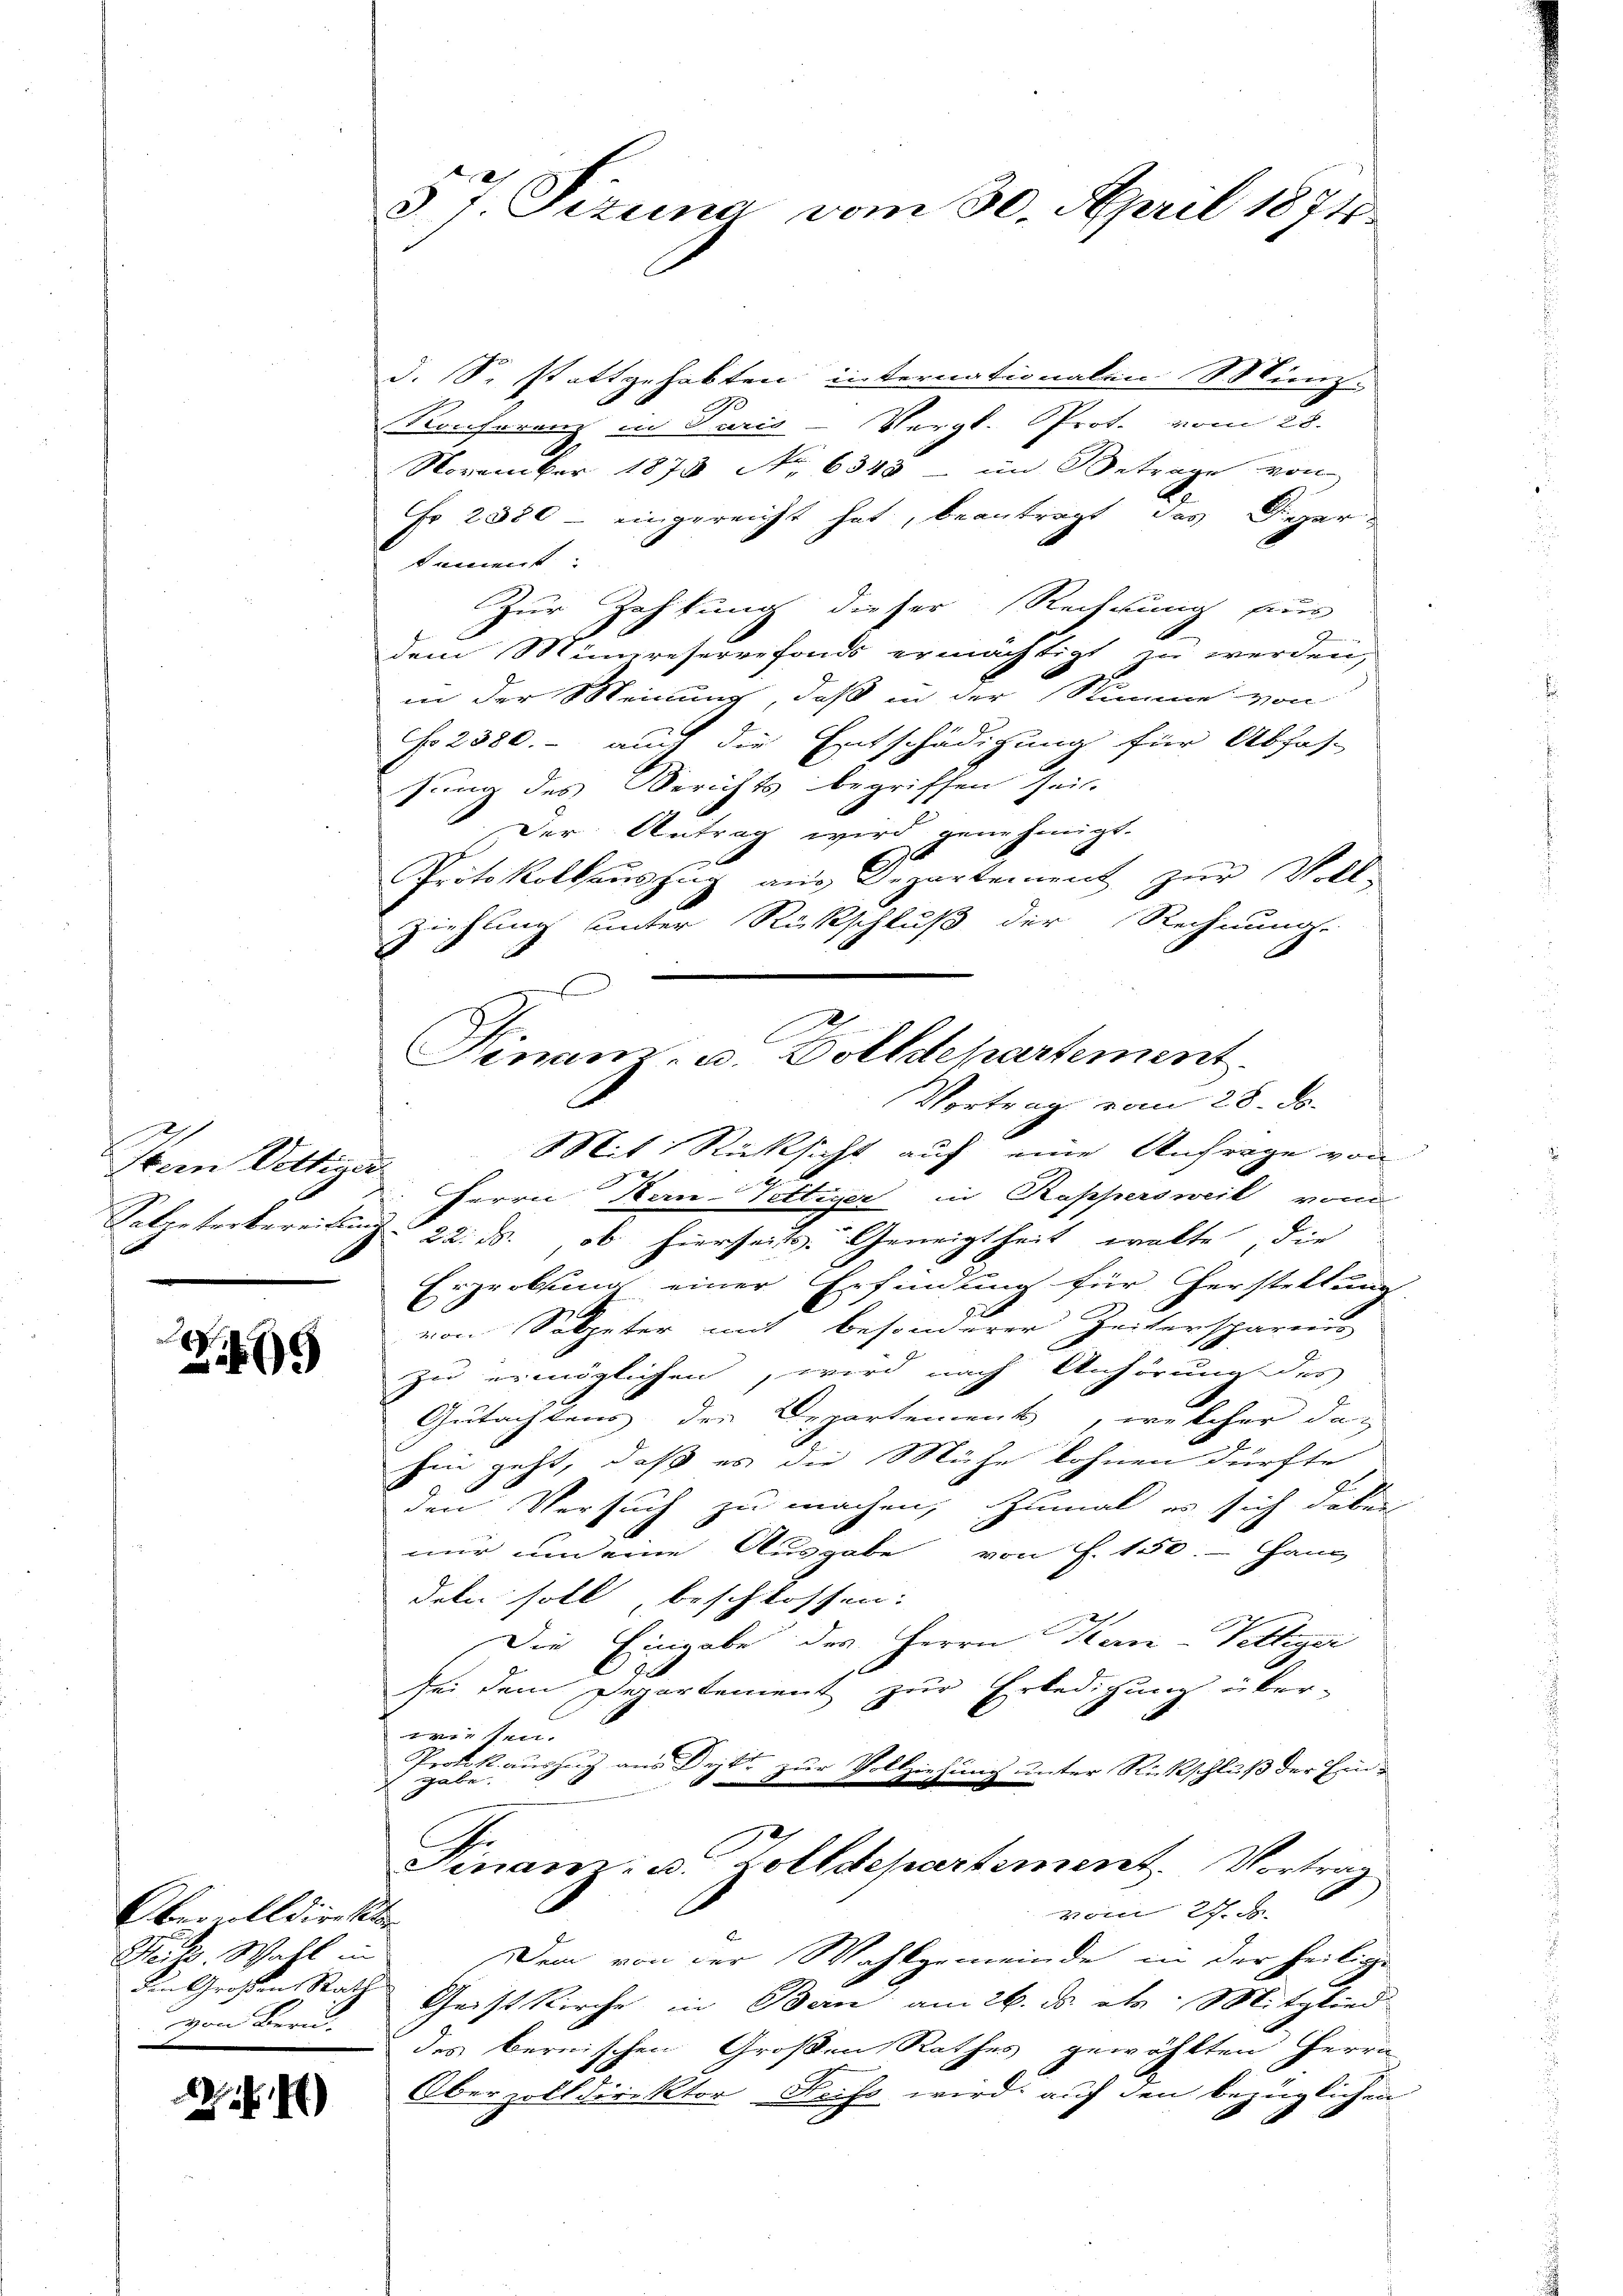
Item Vettiger

Z 19

Obervoll direkt
Seiter Wahl in
von Bern

22 f. 4)

57 Pizuna vom 30. April 1874.

d. S. stattgehabten internationalen Minz.
A
Konferenz in Parić -Vergl. Prot. vom 28.
November 1873 No 6345 in Betrage von
Fr 2380 - eingereicht hat, beantragt, das Depardement
Zur Zahlung dieser Rechnung für
dem Minpreservefonds ermächtigt zu werden,
in der Meinung, daß in der Stimme von
No 2380. - auch die Entschädigung für Abfas-
sung des Berichts begriffen sei.
Der Antrag wird genehmigt.
Protokollaŭszŭg ans Departement zŭr Voll-
Ziehung unter Rückschluß der Rechnung.
—
Mit Rücksicht auf eine Anfrage von

E
Herrn Bern-Pettiger in Rappersweil vom
Salpeterkereitung 22. ds., ob hierseits. Geneigtheit wolte, die
Erprobsung einer Erfindung für Cherstellung
von Soleter mit besonderer Zeiterspareis
zu ermöglichen, wird nach Anhörung des
Gutachtens der Departement, welcher das
hin geht, daß es die Mühe lohnen dürfte
den Versuch zu machen, zumal es sich dabei
nur und eine Ausgabe von P. 150.- Haus
deln soll, beschlossen:
Die Eingabe des Herrn Kan-Villiger
sei dem Departement zur Erledigung über-
1sten.
Protokauszug aus Dritt zur No 11
Wiesung unter Rückschluß der Ein-
 gabe.
Finan- u. Zolldepartement. Vortrag.
vom 27. d.
Dem von der Wahlgemeinde in der heilige
Si. Großen Rath Geist Kirche in Bern am 26. ds. als Mitglied
des bernischen Großen Rathes gewählten Herrn
Oberzolldirektor Reiss wird: auf den bezüglichen

Finanz- u. Dolldepartement.
Vortrag vom 28. ds.